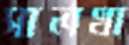
সালথা